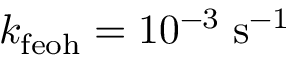
k _ { \mathrm { f e o h } } = 1 0 ^ { - 3 } \; \mathrm { s } ^ { - 1 }